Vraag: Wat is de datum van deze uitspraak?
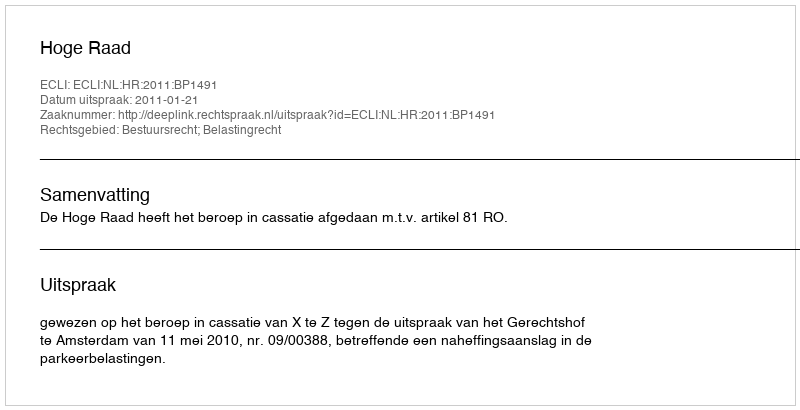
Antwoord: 2011-01-21